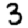
Digit: 3